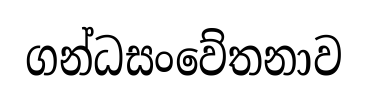
ගන්ධසංවේතනාව